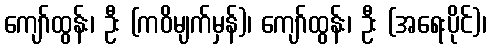
ကျော်ထွန်း၊ ဦး (ကဝိမျက်မှန်)၊ ကျော်ထွန်း၊ ဦး (အရေးပိုင်)၊